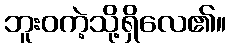
ဘူးဝကဲ့သို့ရှိလေ၏။